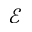
\mathcal { E }